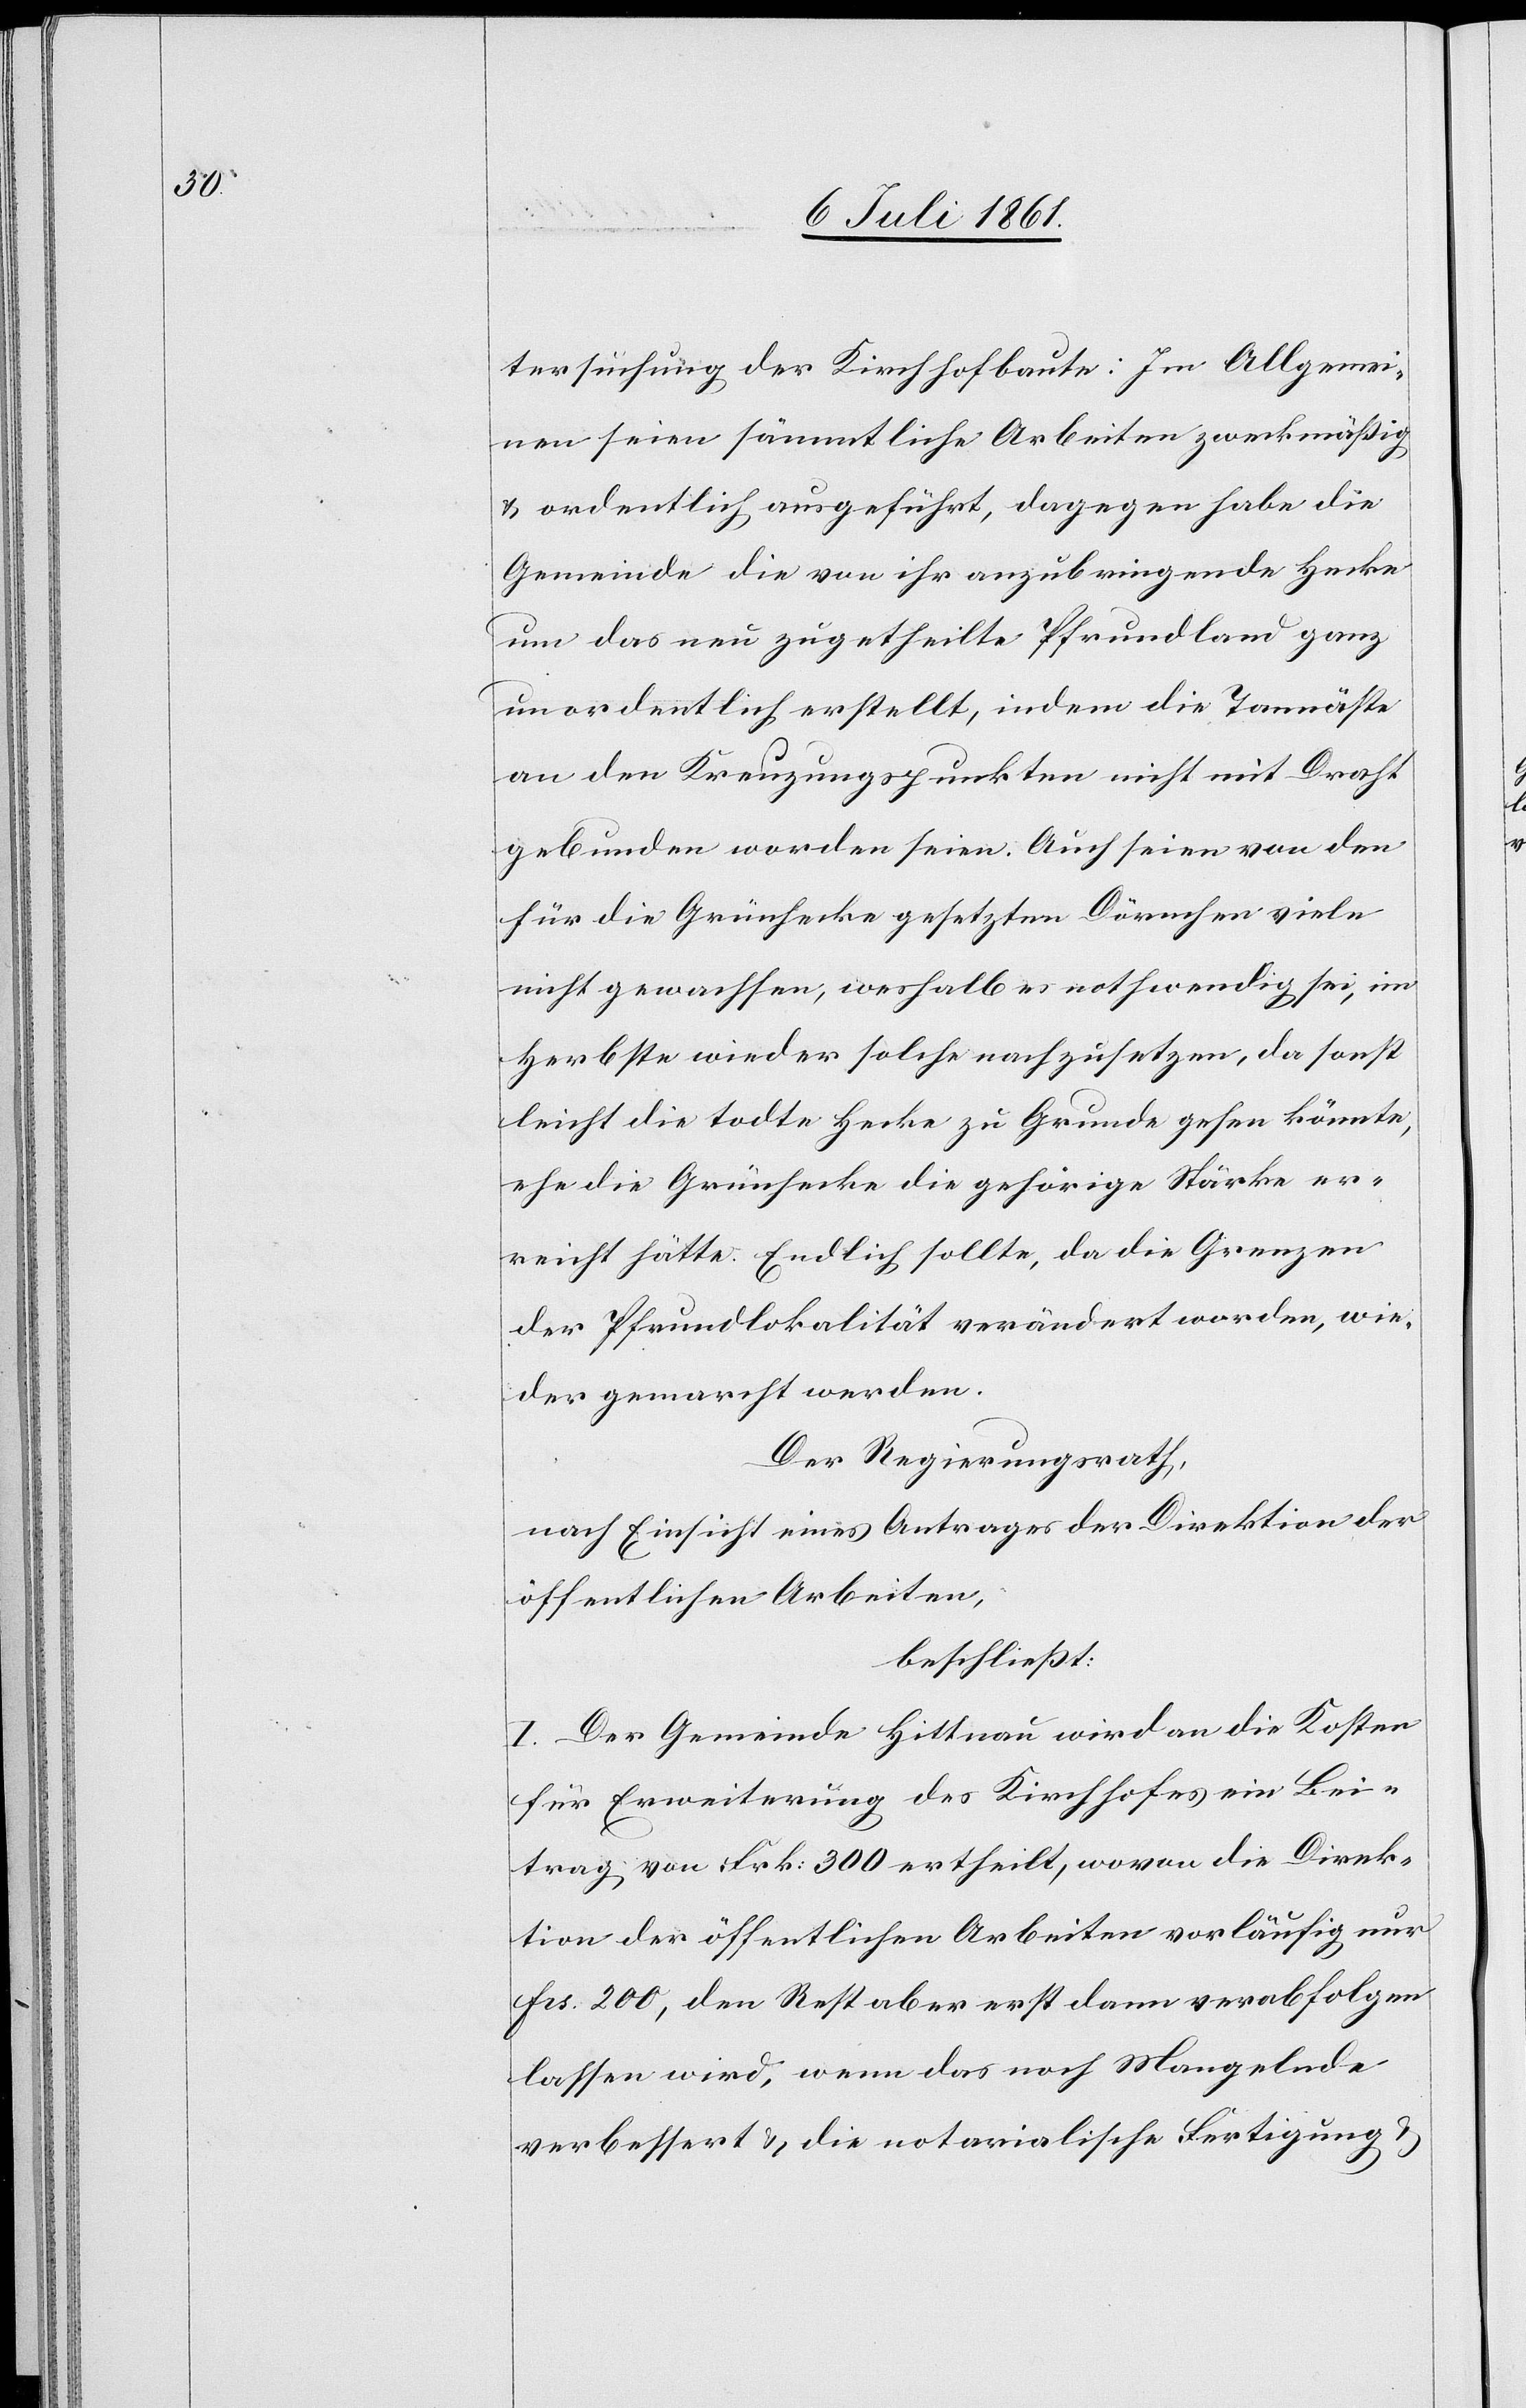
tersuchung der Kirchhofbaute: Im Allgemei¬
nen seien sämmtilche Arbeiten zweckmäßig
u. ordentlich ausgeführt, dagegen habe die
Gemeinde die von ihr anzubringende Hecke
um das neu zugetheilte Pfrundland ganz
unordentlich erstellt, indem die Tannäste
an den Kreuzungspunkten nicht mit Draht
gebunden worden seien. Auch seien von den
für die Grünhecke gesetzten Dörnchen viele
nicht gewachsen, weshalb es nothwendig sei, im
Herbste wieder solche nachzusetzen, da sonst
leicht die todte Hecke zu Grunde gehen könnte,
ehe die Grünhecke die gehörige Stärke er¬
reicht hätte. Endlich sollte, da die Grenzen
der Pfrundlokalität verändert worden, wie¬
der gemarcht werden.
Der Regierungsrath,
nach Einsicht eines Antrages der Direktion der
öffentlichen Arbeiten,
beschließt:
I. Der Gemeinde Hittnau wird an die Kosten
für Erweiterung des Kirchhofes ein Bei¬
trag von Frk. 300 ertheilt, wovon die Direk¬
tion der öffentlichen Arbeiten vorläufig nur
Frs. 200, den Rest aber erst dann verabfolgen
lassen wird, wenn das noch Mangelnde
verbessert u. die notarialische Fertigung